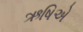
ઋષિએ